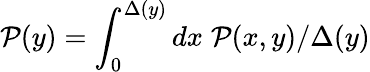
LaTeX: \mathcal{P}(y)=\int_{0}^{\Delta(y)}dx\; \mathcal{P}(x,y)/\Delta(y)